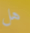
هل